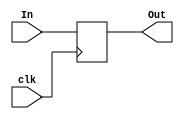
module REGISTER(In,Out,clk);

	input clk;
	input [31:0] In;
	
	output reg [31:0] Out=0;

	always @(negedge clk)
	begin
		Out = In;
	end
	
endmodule